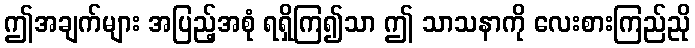
ဤအချက်များ အပြည့်အစုံ ရရှိကြ၍သာ ဤ သာသနာကို လေးစားကြည်ညို